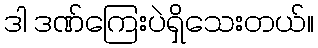
ဒါ ဒဏ်ကြေးပဲရှိသေးတယ်။